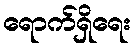
ရောက်ရှိရေး